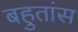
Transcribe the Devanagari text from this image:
बहुतांस